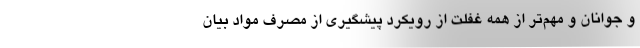
و جوانان و مهم‌تر از همه غفلت از رویکرد پیشگیری از مصرف مواد بیان